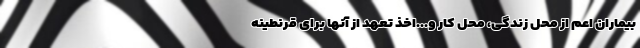
بیماران اعم از محل زندگی، محل کار و...اخذ تعهد از آنها برای قرنطینه